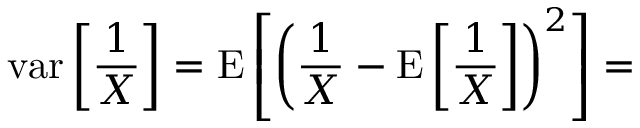
\operatorname { v a r } \left[ { \frac { 1 } { X } } \right] = \operatorname { E } \left[ \left( { \frac { 1 } { X } } - \operatorname { E } \left[ { \frac { 1 } { X } } \right] \right) ^ { 2 } \right] =